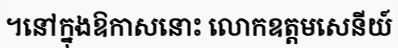
។នៅក្នុងឱកាសនោះ លោកឧត្តមសេនីយ៍